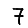
Digit: 7